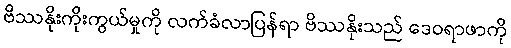
ဗိဿနိုးကိုးကွယ်မှုကို လက်ခံလာပြန်ရာ ဗိဿနိုးသည် ဒေဝရာဖာကို